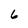
Character: 6